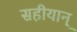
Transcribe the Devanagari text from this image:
सहीयान्